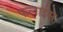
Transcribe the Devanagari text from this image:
फलाईस